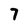
Character: 7